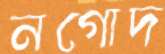
নগোদ